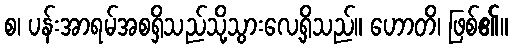
စ၊ ပန်းအာရမ်အစရှိသည်သို့သွားလေ့ရှိသည်။ ဟောတိ၊ ဖြစ်၏။